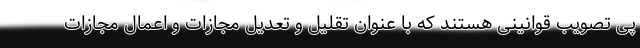
پی تصویب قوانینی هستند که با عنوان تقلیل و تعدیل مجازات و اعمال مجازات